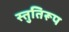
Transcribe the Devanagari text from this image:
स्तुतिरूप